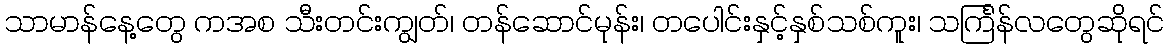
သာမာန်နေ့တွေ ကအစ သီးတင်းကျွတ်၊ တန်ဆောင်မုန်း၊ တပေါင်းနှင့်နှစ်သစ်ကူး၊ သင်္ကြန်လတွေဆိုရင်